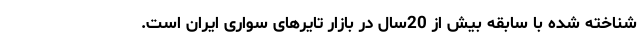
شناخته شده با سابقه بیش از 20سال در بازار تایرهای سواری ایران است.